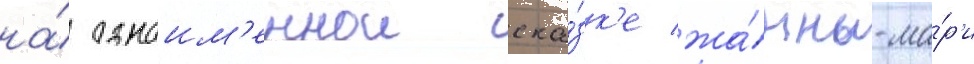
на́ одноим'еннои ска́зк'е жа́нны-ма́р'и